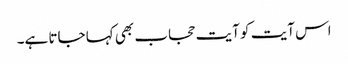
اس آیت کو آیت حجاب بھی کہا جاتا ہے۔